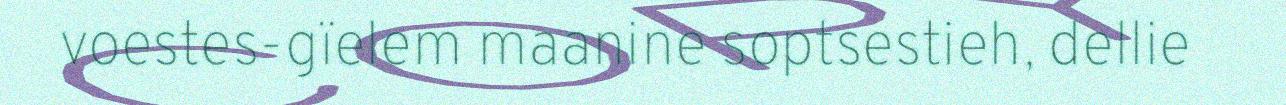
voestes-gïelem maanine soptsestieh, dellie